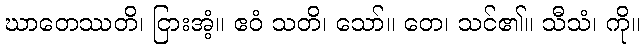
ဃာတေဿတိ၊ ငြားအံ့။ ဧဝံ သတိ၊ သော်။ တေ၊ သင်၏။ သီသံ၊ ကို။